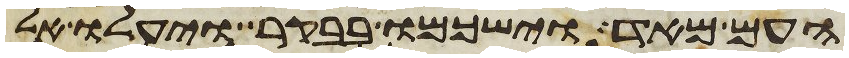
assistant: העם מאד וישכמו בבקר ויעלו אל